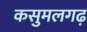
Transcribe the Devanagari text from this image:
कसुमलगढ़